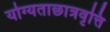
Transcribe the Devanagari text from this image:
योग्यताछात्रवृत्ति